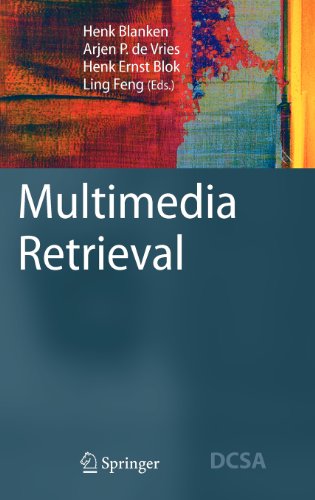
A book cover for Multimedia Retrieval (Data-Centric Systems and Applications); Computers & Technology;